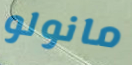
مانولو